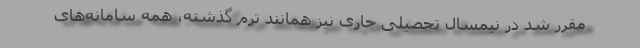
مقرر شد در نیمسال تحصیلی جاری نیز همانند ترم گذشته، همه سامانه‌های